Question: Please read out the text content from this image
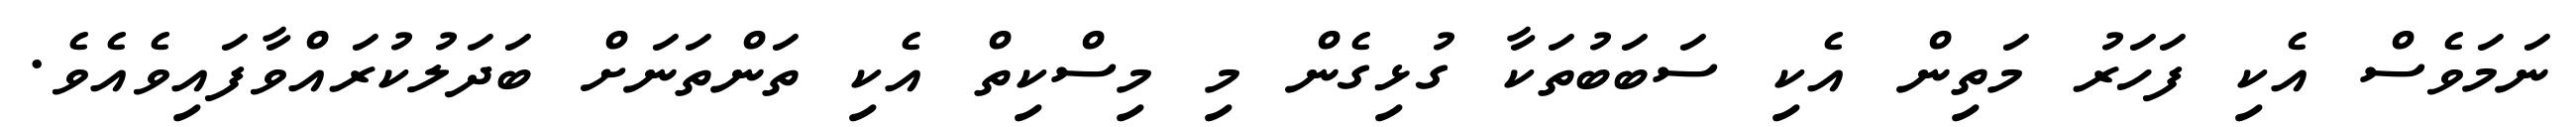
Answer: ނަމަވެސް އެކި ފަހަރު މަތިން އެކި ސަބަބުތަކާ ގުޅިގެން މި މިސްކިތް އެކި ތަންތަނަށް ބަދަލުކުރައްވާފައިވެއެވެ.